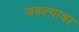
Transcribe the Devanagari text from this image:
जडल्यावर